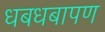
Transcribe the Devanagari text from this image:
धबधबापण